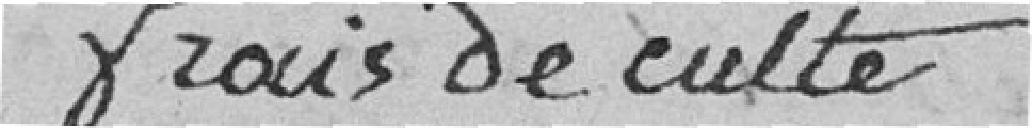
frais de culte